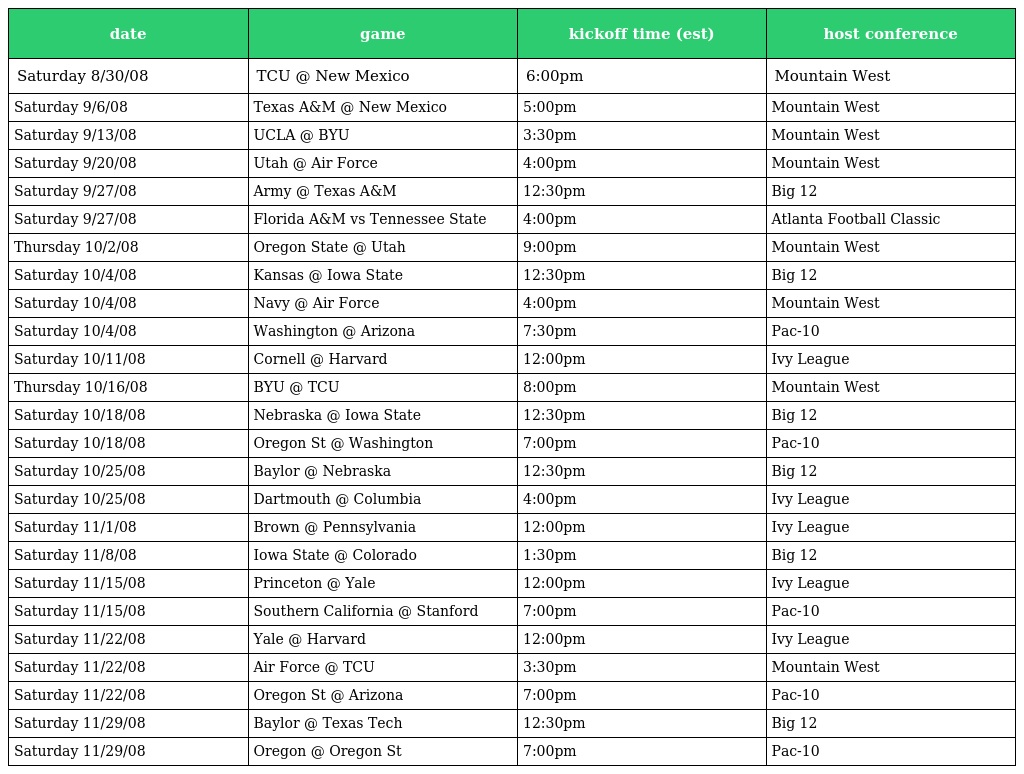
| date | game | kickoff time (est) | host conference |
 | --- | --- | --- | --- |
 | Saturday 8/30/08 | TCU @ New Mexico | 6:00pm | Mountain West |
 | Saturday 9/6/08 | Texas A&M @ New Mexico | 5:00pm | Mountain West |
 | Saturday 9/13/08 | UCLA @ BYU | 3:30pm | Mountain West |
 | Saturday 9/20/08 | Utah @ Air Force | 4:00pm | Mountain West |
 | Saturday 9/27/08 | Army @ Texas A&M | 12:30pm | Big 12 |
 | Saturday 9/27/08 | Florida A&M vs Tennessee State | 4:00pm | Atlanta Football Classic |
 | Thursday 10/2/08 | Oregon State @ Utah | 9:00pm | Mountain West |
 | Saturday 10/4/08 | Kansas @ Iowa State | 12:30pm | Big 12 |
 | Saturday 10/4/08 | Navy @ Air Force | 4:00pm | Mountain West |
 | Saturday 10/4/08 | Washington @ Arizona | 7:30pm | Pac-10 |
 | Saturday 10/11/08 | Cornell @ Harvard | 12:00pm | Ivy League |
 | Thursday 10/16/08 | BYU @ TCU | 8:00pm | Mountain West |
 | Saturday 10/18/08 | Nebraska @ Iowa State | 12:30pm | Big 12 |
 | Saturday 10/18/08 | Oregon St @ Washington | 7:00pm | Pac-10 |
 | Saturday 10/25/08 | Baylor @ Nebraska | 12:30pm | Big 12 |
 | Saturday 10/25/08 | Dartmouth @ Columbia | 4:00pm | Ivy League |
 | Saturday 11/1/08 | Brown @ Pennsylvania | 12:00pm | Ivy League |
 | Saturday 11/8/08 | Iowa State @ Colorado | 1:30pm | Big 12 |
 | Saturday 11/15/08 | Princeton @ Yale | 12:00pm | Ivy League |
 | Saturday 11/15/08 | Southern California @ Stanford | 7:00pm | Pac-10 |
 | Saturday 11/22/08 | Yale @ Harvard | 12:00pm | Ivy League |
 | Saturday 11/22/08 | Air Force @ TCU | 3:30pm | Mountain West |
 | Saturday 11/22/08 | Oregon St @ Arizona | 7:00pm | Pac-10 |
 | Saturday 11/29/08 | Baylor @ Texas Tech | 12:30pm | Big 12 |
 | Saturday 11/29/08 | Oregon @ Oregon St | 7:00pm | Pac-10 |